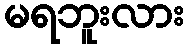
မရဘူးလား